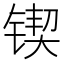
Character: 锲